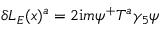
\delta { \cal L } _ { E } ( x ) ^ { a } = 2 \mathrm { i } m \psi ^ { + } T ^ { a } \gamma _ { 5 } \psi